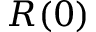
R ( 0 )